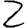
Digit: 2